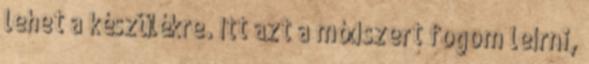
lehet a készülékre. Itt azt a módszert fogom leírni,